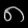
Digit: ၈